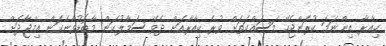
ކިއާރާ އިންނަމަ ކުރަންޖެހޭ މަސައްކަތަށް ވުރެ ކިއާރާއަށް ދެވޭ ސަމާލުކަން މާބޮޑުވާނެކަން އިމްޖާދަށް